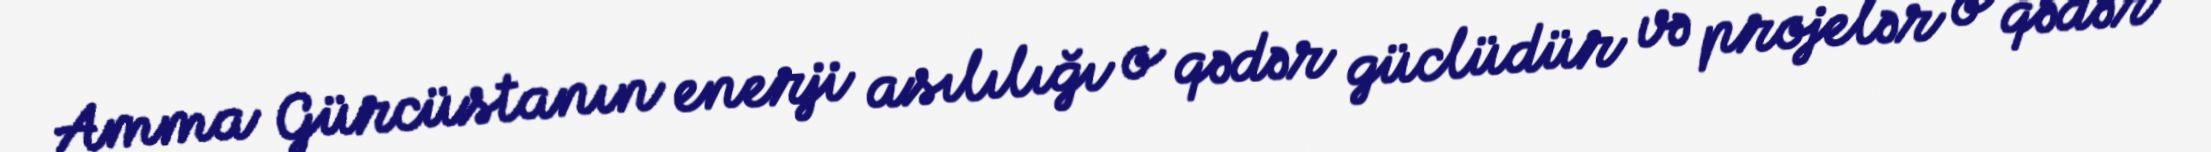
Amma Gürcüstanın enerji asılılığı o qədər güclüdür və projelər o qədər